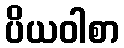
ပိယဝါစာ